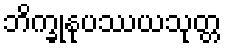
ဘိက္ခုနုပဿယသုတ္တ